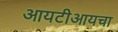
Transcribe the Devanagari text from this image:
आयटीआयचा